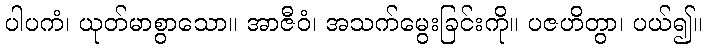
ပါပကံ၊ ယုတ်မာစွာသော။ အာဇီဝံ၊ အသက်မွေးခြင်းကို။ ပဇဟိတွာ၊ ပယ်၍။